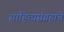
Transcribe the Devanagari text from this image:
साहित्यसंग्रहाचे